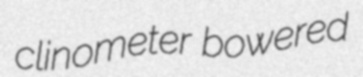
clinometer bowered